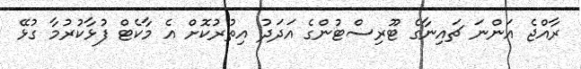
ރާއްޖެ އަންނަ ޗައިނާގެ ޓޫރިސްޓުންގެ އަދަދު އިތުރުކޮށް އެ މާކެޓް ފުޅާކުރުމާ ގުޅޭ